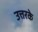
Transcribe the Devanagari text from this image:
उत्तरके